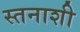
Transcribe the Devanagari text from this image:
स्तनाशी